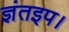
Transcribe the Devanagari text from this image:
ज्ञंतइप।